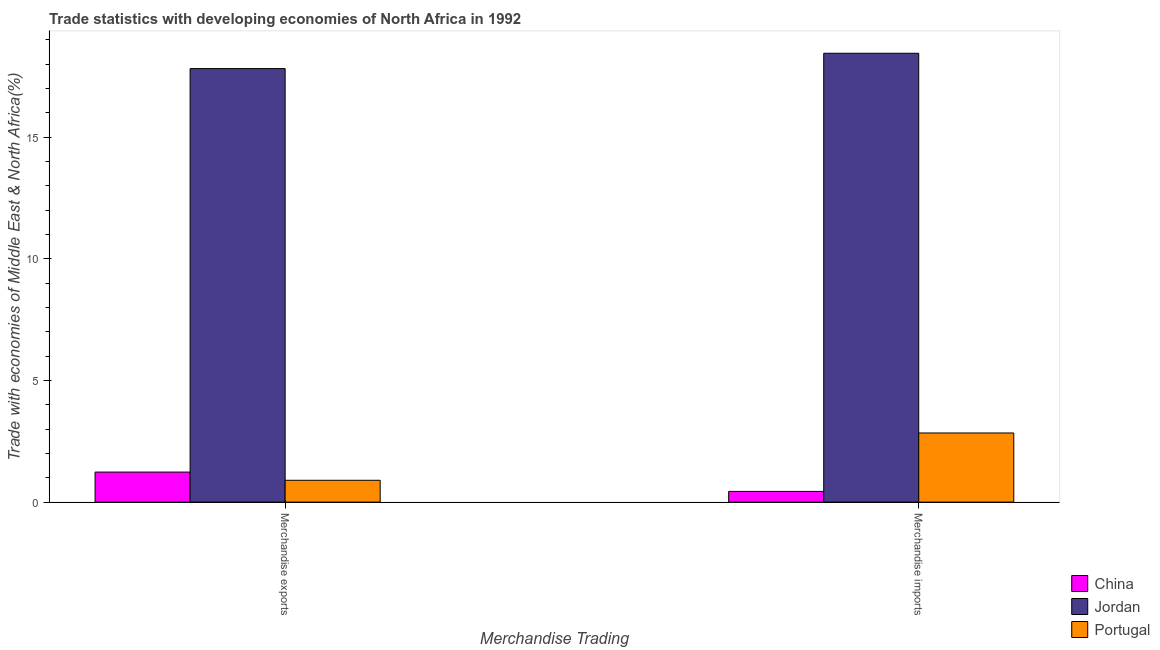
| Merchandise Trading | China | Jordan | Portugal |
 | --- | --- | --- | --- |
 | Merchandise exports | 1.24 | 17.8 | 0.898 |
 | Merchandise imports | 0.44 | 18.5 | 2.84 |